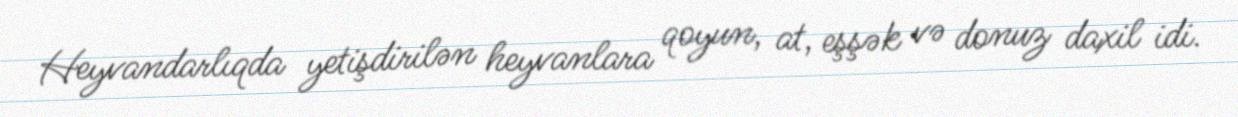
Heyvandarlıqda yetişdirilən heyvanlara qoyun, at, eşşək və donuz daxil idi.